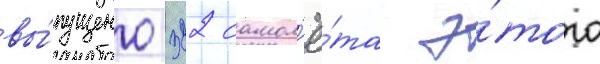
вы́пущено 322 самол'ё́та э́того